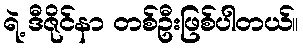
ရဲ့ ဒီဇိုင်နာ တစ်ဦးဖြစ်ပါတယ်။